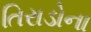
તિરાડોના